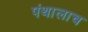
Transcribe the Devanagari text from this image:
पंथालाच